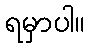
ရမှာပါ။